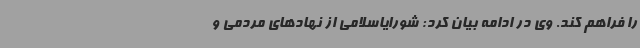
را فراهم کند. وی در ادامه بیان کرد: شورایاسلامی از نهادهای مردمی و